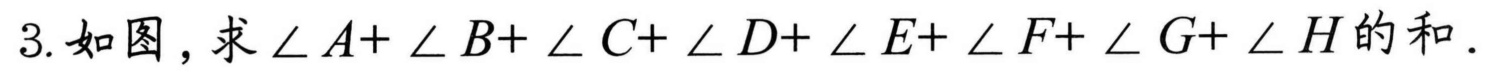
3.如图,求\(\angle A + \angle B+\angle C+\angle D+\angle E+\angle F+\angle G+\angle H\)的和.